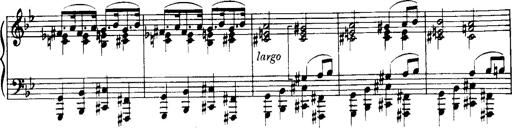
Title: Historische ungarische Bildnisse
Composer: Franz Liszt